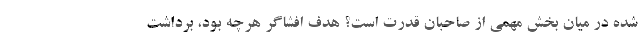
شده در میان بخش مهمی از صاحبان قدرت است؟ هدف افشاگر هرچه بود، برداشت